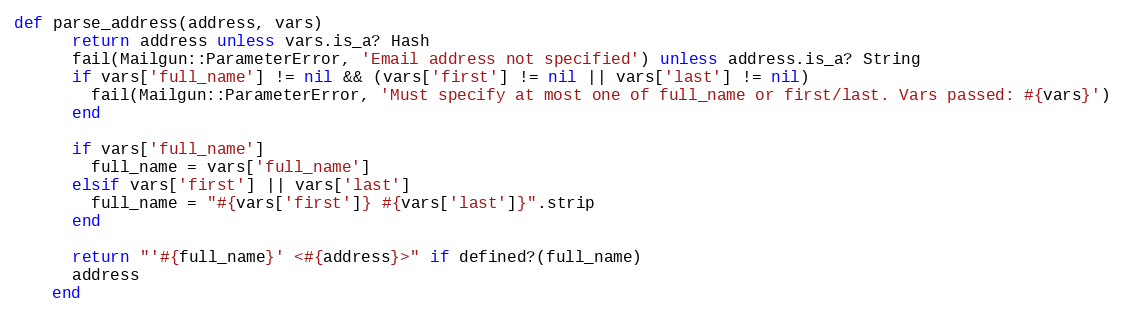
Language: Ruby
def parse_address(address, vars)
      return address unless vars.is_a? Hash
      fail(Mailgun::ParameterError, 'Email address not specified') unless address.is_a? String
      if vars['full_name'] != nil && (vars['first'] != nil || vars['last'] != nil)
        fail(Mailgun::ParameterError, 'Must specify at most one of full_name or first/last. Vars passed: #{vars}')
      end

      if vars['full_name']
        full_name = vars['full_name']
      elsif vars['first'] || vars['last']
        full_name = "#{vars['first']} #{vars['last']}".strip
      end

      return "'#{full_name}' <#{address}>" if defined?(full_name)
      address
    end